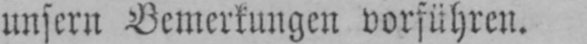
unsern Bemerkungen vorführen.